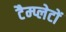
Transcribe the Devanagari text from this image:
टैम्प्लेटों